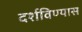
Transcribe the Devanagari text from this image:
दर्शविण्यास